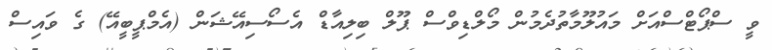
ވީ ސްޕޯޓްސްއަށް މައުލޫމާތުދެމުން މޯލްޑިވްސް ޕޫލް ބިލިއާޑް އެސޯސިއޭޝަން (އެމްޕީބީއޭ) ގެ ވައިސް